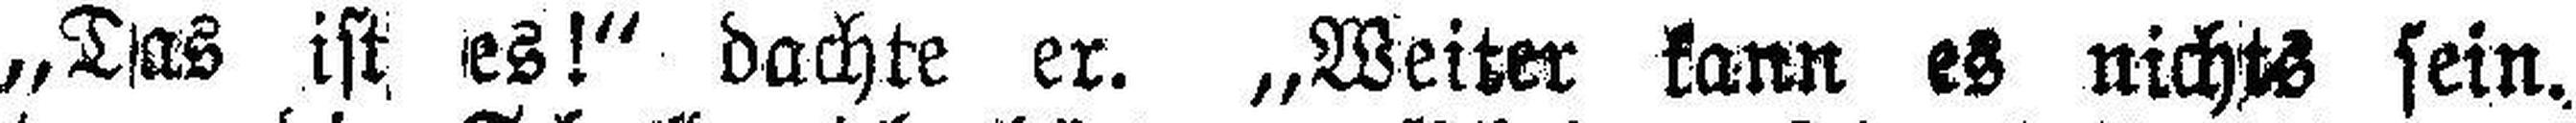
„Das ist es!“ dachte er. „Weiter kann es nichts sein.